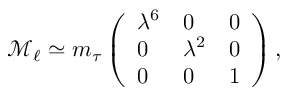
\mathcal { M } _ { \ell } \simeq m _ { \tau } \left( \begin{array} { l l l } { { \lambda ^ { 6 } } } & { { 0 } } & { { 0 } } \\ { { 0 } } & { { \lambda ^ { 2 } } } & { { 0 } } \\ { { 0 } } & { { 0 } } & { { 1 } } \end{array} \right) ,